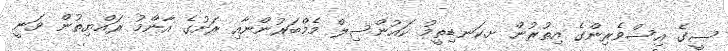
ސީގެ އިސްވެރިންގެ އިތުރުން ށ.ކަނޑިތީމު ކައުންސިލް މެމްބަރުންނާއި ރަށުގެ އާންމު ރައްޔިތުން ވަނީ